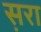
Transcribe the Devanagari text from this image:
स़रा